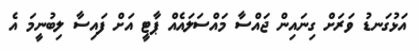
އަޅުގަނޑު ވަރަށް ގިނައިން ޖައްސާ މައްސަލައެއް ޕާޓީ އަށް ފައިސާ ލިބުނީމަ އެ